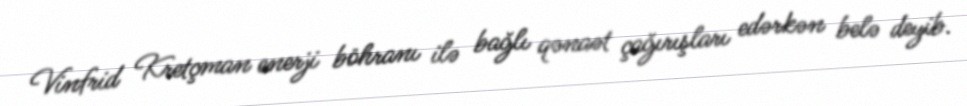
Vinfrid Kretçman enerji böhranı ilə bağlı qənaət çağırışları edərkən belə deyib.